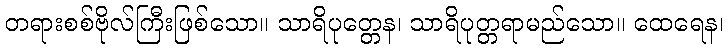
တရားစစ်ဗိုလ်ကြီးဖြစ်သော။ သာရိပုတ္တေန၊ သာရိပုတ္တရာမည်သော။ ထေရေန၊